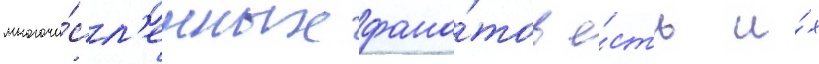
многочи́сл'енных фана́тов е́сть и́х